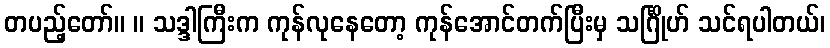
တပည့်တော်။ ။ သဒ္ဒါကြီးက ကုန်လုနေတော့ ကုန်အောင်တက်ပြီးမှ သင်္ဂြိုဟ် သင်ရပါတယ်၊